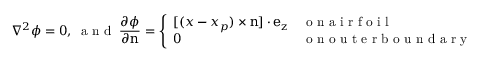
\nabla ^ { 2 } \phi = 0 , ~ \mathrm { ~ a ~ n ~ d ~ } ~ \frac { \partial \phi } { \partial \boldsymbol { \mathrm { n } } } = \left\{ \begin{array} { l l } { [ ( \boldsymbol { x } - \boldsymbol { x _ { p } } ) \times \boldsymbol { \mathrm { n } } ] \cdot \boldsymbol { \mathrm { e _ { z } } } } & { \mathrm { ~ o ~ n ~ a ~ i ~ r ~ f ~ o ~ i ~ l ~ } } \\ { 0 } & { \mathrm { ~ o ~ n ~ o ~ u ~ t ~ e ~ r ~ b ~ o ~ u ~ n ~ d ~ a ~ r ~ y ~ } } \end{array} \right. ,